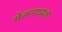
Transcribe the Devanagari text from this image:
सेंलनाध्यक्ष